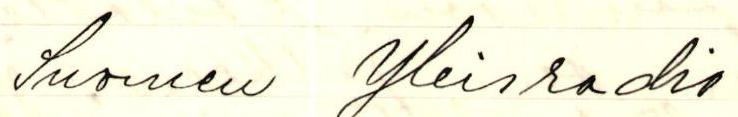
Suomen Yleisradio